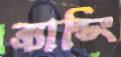
ব্র্যান্ডিং